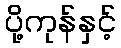
ပို့ကုန်နှင့်